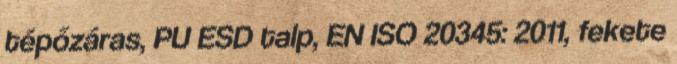
tépőzáras, PU ESD talp, EN ISO 20345: 2011, fekete